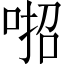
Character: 𠶅